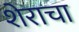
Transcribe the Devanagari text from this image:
शेराचा